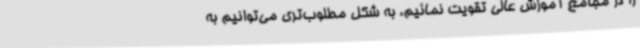
را در مجامع آموزش عالی تقویت نمائیم، به شکل مطلوب‌تری می‌توانیم به